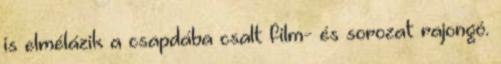
is elmélázik a csapdába csalt film- és sorozat rajongó.